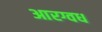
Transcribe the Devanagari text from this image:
आरग्वध